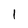
Character: 1